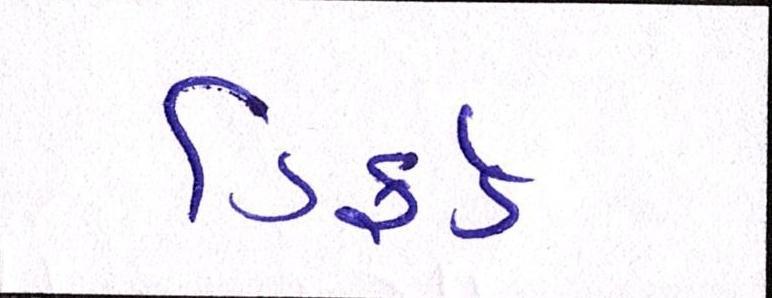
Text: ડિફર્ડ